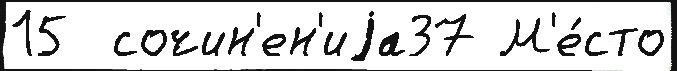
15  сочин'ен'иjа37 М'е́сто